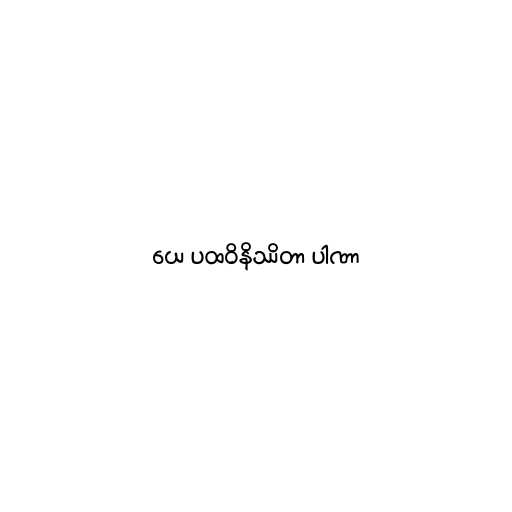
ယေ ပထဝိနိဿိတာ ပါဏာ